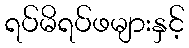
ရပ်မိရပ်ဖများနှင့်